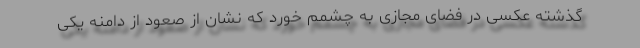
گذشته عکسی در فضای مجازی به چشمم خورد که نشان از صعود از دامنه‌ یکی